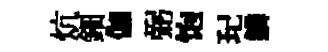
炕鈿伽弼饱玘鱗